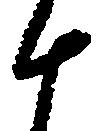
十